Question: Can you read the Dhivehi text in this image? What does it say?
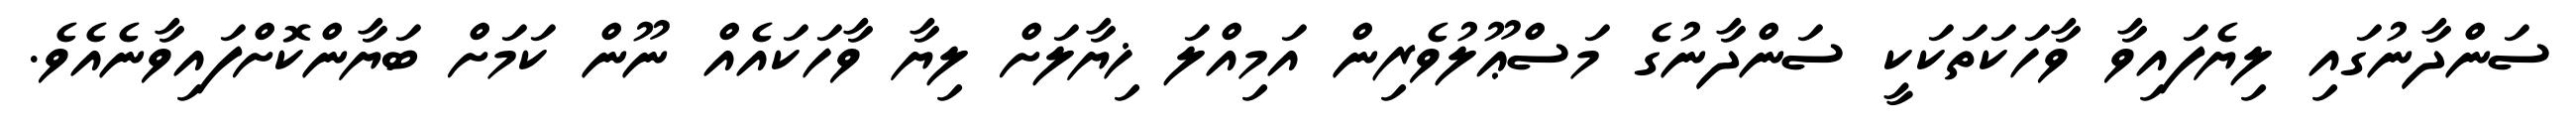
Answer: ސަންދާނުގައި ލިޔެފައިވާ ވާހަކަތަކަކީ ސަންދާނުގެ މަސްޢޫލުވެރިން އަމިއްލަ ޚިޔާލަށް ލިޔާ ވާހަކައެއް ނޫން ކަމަށް ބަޔާންކޮށްފައިވާނެއެވެ.